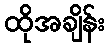
ထိုအချိန်း